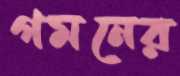
গমনের